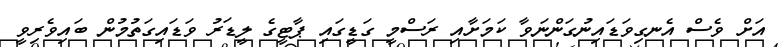
އަށް ވެސް އެނގިވަޑައިނުގަންނަވާ ކަމަށާއި ރަސްމީ ގަޑީގައި ޕާޓީގެ ލީޑަރު ވަޑައިގަތުމުން ބައިވެރިވީ